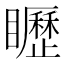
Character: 𥌮